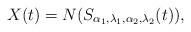
LaTeX: \begin{align*}X(t)= N(S_{\alpha_1,\lambda_1,\alpha_2,\lambda_2}(t)),\end{align*}